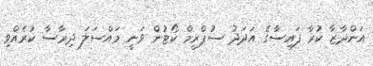
އަންދާޒާ ކުރާ ފައިސާގެ އަދަދު ސުޕްރީމް ކޯޓުން ވަނީ މައްސަލަ ދިރާސާ ކުރެއްވި